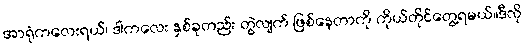
အာရုံကလေးရယ်၊ ဒါကလေး နှစ်ခုတည်း တွဲလျက် ဖြစ်နေတာကို ကိုယ်တိုင်တွေ့ရမယ်။ဒီလို